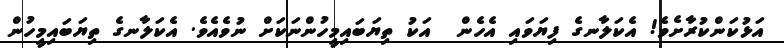
އަޅުކަންކުރާށެވެ! އެކަލާނގެ ފިޔަވައި އެހެން  އަކު ތިޔަބައިމީހުންނަކަށް ނުވެއެވެ. އެކަލާނގެ ތިޔަބައިމީހުން